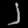
Digit: ၂